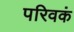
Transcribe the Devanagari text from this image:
परिवकं